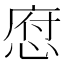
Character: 𢜆